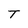
Character: T